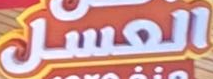
العسل